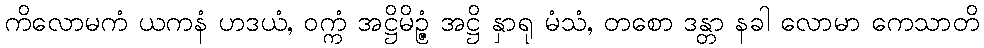
ကိလောမကံ ယကနံ ဟဒယံ, ဝက္ကံ အဋ္ဌိမိဉ္ဇံ အဋ္ဌိ နှာရု မံသံ, တစော ဒန္တာ နခါ လောမာ ကေသာတိ